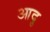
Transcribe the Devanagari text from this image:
आदु